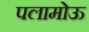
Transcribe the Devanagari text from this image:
पलामोऊ